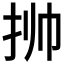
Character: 𱟯